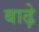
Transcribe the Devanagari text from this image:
बाढ़े